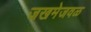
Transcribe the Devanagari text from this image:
जखमेजवळ